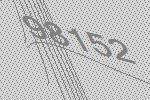
98152